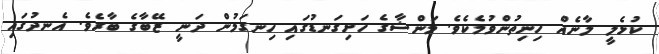
ކުޅެލީ ލާނެއް ހިނިތުންވުމެކެވެ. މަންޝާގެ ހަށިގަނޑުުގައި ހިނގަމުން ދަނީ ޒޭބާގެ ބާރެވެ. އެނދުގައި